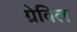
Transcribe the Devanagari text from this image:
ग्रेविल